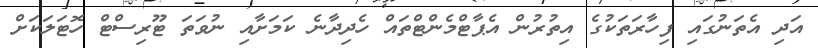
އަދި އެތަނުގައި ފިހާރަތަކުގެ އިތުރުން އެޕާޓްމެންޓްތައް ހެދިދާނެ ކަމަށާއި ނުވަތަ ޓޫރިސްޓް ހޮޓަލަކަށް